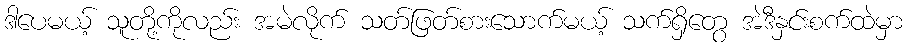
ဒါပေမယ့် သူတို့ကိုလည်း အမဲလိုက် သတ်ဖြတ်စားသောက်မယ့် သက်ရှိတွေ အဲဒီနှင်းစက်ထဲမှာ